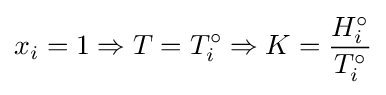
x_{i}=1\Rightarrow T=T_{i}^{\circ }\Rightarrow K={\frac {H_{i}^{\circ }}{T_{i}^{\circ }}}